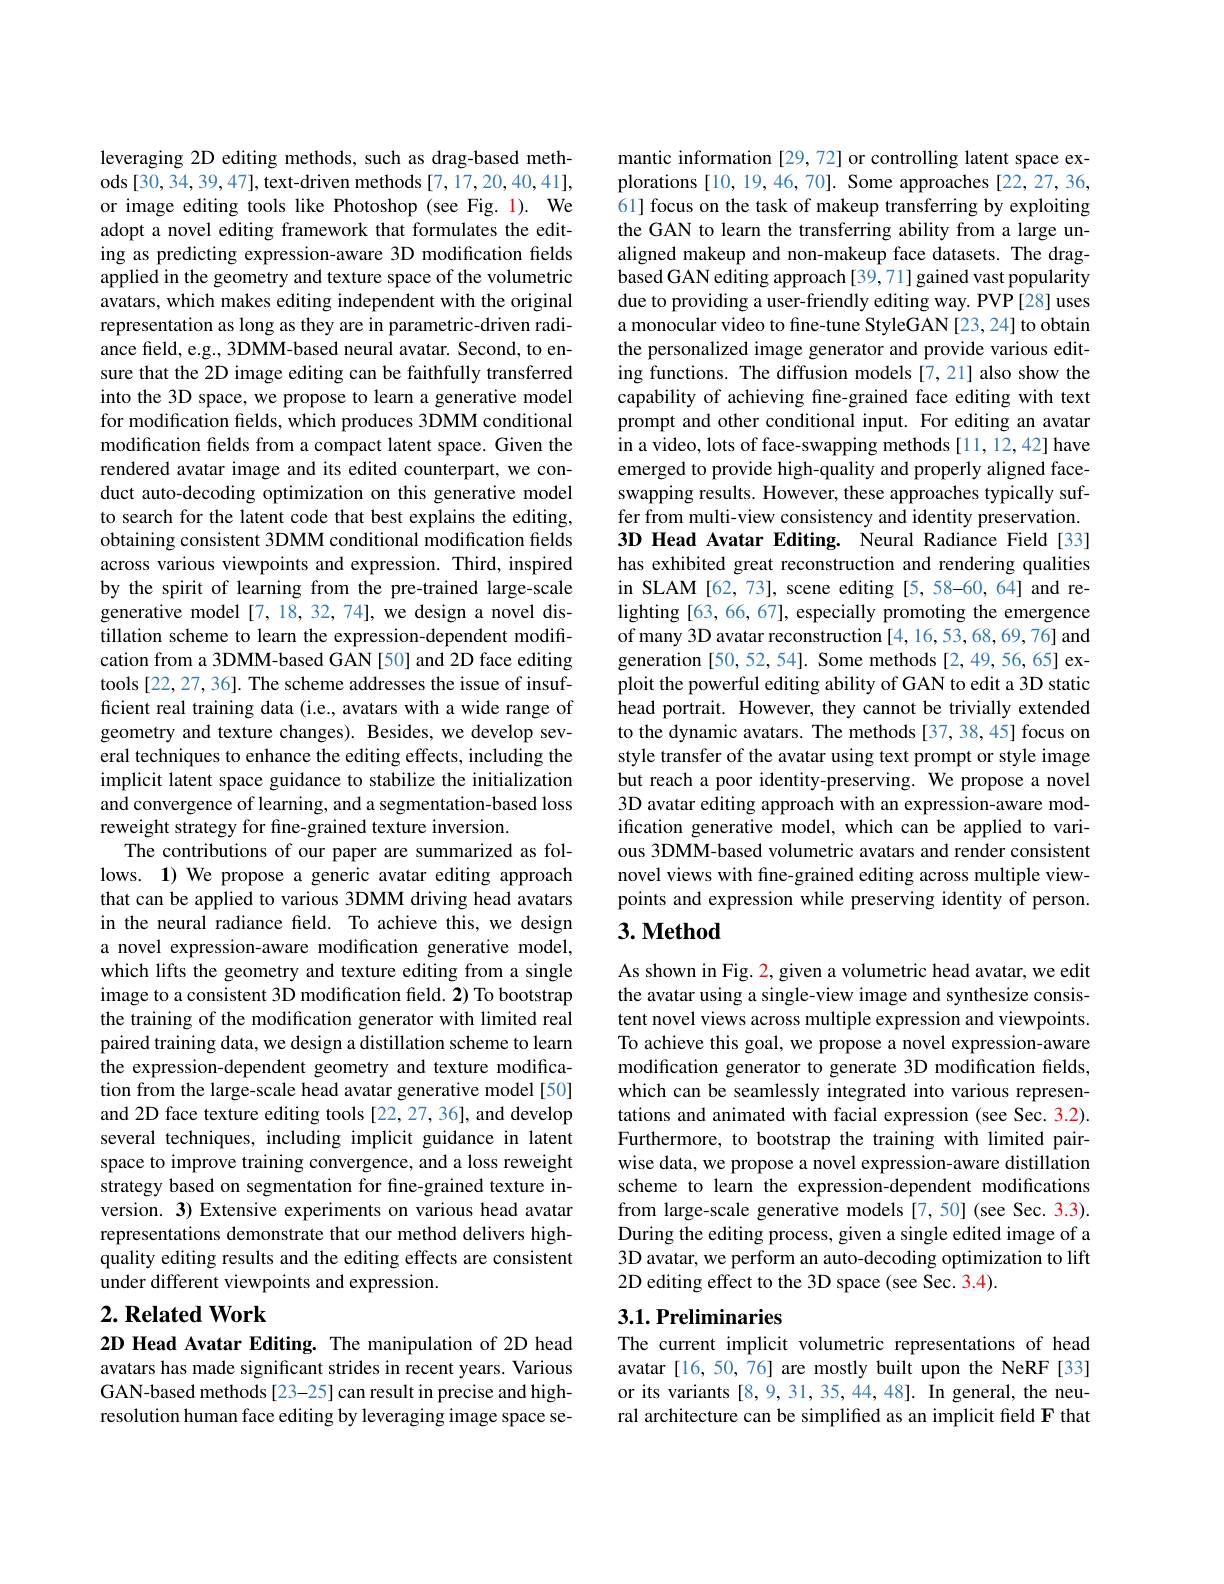
leveraging 2D editing methods, such as drag-based methods [30,34,39,47], text-driven methods [7,17,20,40,41], or image editing tools like Photoshop (see Fig. 1). We adopt a novel editing framework that formulates the editing as predicting expression-aware 3D modification felds applied in the geometry and texture space of the volumetric avatars, which makes editing independent with the original representation as long as they are in parametric-driven radiance field, e.g., 3DMM-based neural avatar. Second, to ensure that the 2D image editing can be faithfully transferred into the 3D space, we propose to learn a generative model for modification fields, which produces 3DMM conditional modification fields from a compact latent space. Given the rendered avatar image and its edited counterpart, we conduct auto-decoding optimization on this generative model to search for the latent code that best explains the editing, obtaining consistent 3DMM conditional modification fields across various viewpoints and expression. Third, inspired by the spirit of learning from the pre-trained large-scale generative model[7,18,32,74], we design a novel distillation scheme to learn the expression-dependent modification from a 3DMM-based GAN [50] and 2D face editing tools [22,27,36]. The scheme addresses the issue of insufficient real training data (i.e., avatars with a wide range of geometry and texture changes). Besides, we develop several techniques to enhance the editing effects, including the implicit latent space guidance to stabilize the initialization and convergence of learning, and a segmentation-based loss reweight strategy for fine-grained texture inversion.
The contributions of our paper are summarized as follows. 1) We propose a generic avatar editing approach that can be applied to various 3DMM driving head avatars in the neural radiance field. To achieve this, we design a novel expression-aware modification generative model, which lifts the geometry and texture editing from a single image to a consistent 3D modification field. 2) To bootstrap the training of the modification generator with limited real paired training data, we design a distillation scheme to learn the expression-dependent geometry and texture modification from the large-scale head avatar generative model [50] and 2D face texture editing tools [22, 27, 36], and develop several techniques, including implicit guidance in latent space to improve training convergence, and a loss reweight strategy based on segmentation for fine-grained texture inversion. 3) Extensive experiments on various head avatar representations demonstrate that our method delivers highquality editing results and the editing effects are consistent under different viewpoints and expression.
$2. \textbf{ Related Work}$

2D Head Avatar Editing. The manipulation of 2D head avatars has made significant strides in recent years. Various GAN-based methods[23-25]can result in precise and highresolution human face editing by leveraging image space se-

mantic information [29,72] or controlling latent space explorations [10, 19, 46, 70]. Some approaches [22, 27, 36, 61] focus on the task of makeup transferring by exploiting the GAN to learn the transferring ability from a large unaligned makeup and non-makeup face datasets. The dragbased GAN editing approach[39,71] gained vast popularity due to providing a user-friendly editing way. PVP[28] uses a monocular video to fine-tune StyleGAN[23,24] to obtain the personalized image generator and provide various editing functions. The diffusion models [7,21] also show the capability of achieving fine-grained face editing with text prompt and other conditional input. For editing an avatar in a video, lots of face-swapping methods [11,12,42] have emerged to provide high-quality and properly aligned faceswapping results. However, these approaches typically suffer from multi-view consistency and identity preservation. 3D Head Avatar Editing. Neural Radiance Field [33] has exhibited great reconstruction and rendering qualities in SLAM[62,73], scene editing [5,58-60,64] and relighting [63, 66, 67], especially promoting the emergence of many 3D avatar reconstruction [4, 16, 53, 68, 69, 76] and generation [50,52,54]. Some methods [2,49,56,65] exploit the powerful editing ability of GAN to edit a 3D static $\hat{\text{head portrait. However, they cannot be trivially extended}}$ to the dynamic avatars. The methods [37,38,45] focus on style transfer of the avatar using text prompt or style image but reach a poor identity-preserving. We propose a novel 3D avatar editing approach with an expression-aware modification generative model, which can be applied to various 3DMM-based volumetric avatars and render consistent novel views with fine-grained editing across multiple viewpoints and expression while preserving identity of person. $3. \textbf{Method}$

As shown in Fig. 2, given a volumetric head avatar, we edit the avatar using a single-view image and synthesize consistent novel views across multiple expression and viewpoints. To achieve this goal, we propose a novel expression-aware modification generator to generate 3D modification fields, which can be seamlessly integrated into various representations and animated with facial expression (see Sec. 3.2). Furthermore, to bootstrap the training with limited pairwise data, we propose a novel expression-aware distillation scheme to learn the expression-dependent modifications from large-scale generative models [7,50] (see Sec. 3.3). During the editing process, given a single edited image of a 3D avatar, we perform an auto-decoding optimization to lift 2D editing effect to the 3D space (see Sec. 3.4).

## $3. 1. \textbf{Preliminaries}$

The current implicit volumetric representations of head avatar [16,50,76] are mostly built upon the NeRF[33] or its variants [8,9,31,35,44,48]. In general, the neural architecture can be simplifed as an implicit field F that